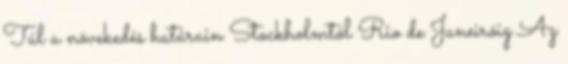
Túl a növekedés határain Stockholmtól Rio de Janeiróig Az